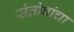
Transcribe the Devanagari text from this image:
संतोबांचा